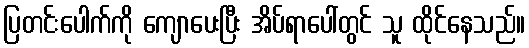
ပြတင်းပေါက်ကို ကျောပေးပြီး အိပ်ရာပေါ်တွင် သူ ထိုင်နေသည်။